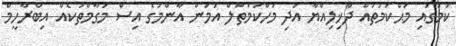
ކަމުގައި މަޙްކަމަތުއް ދާޚިލިއްޔާ އަދި މަހްކަމަތުލް އަމަން އާންމުގެ އިސް މަގާމްތަކެއް އިބްރާހީމް